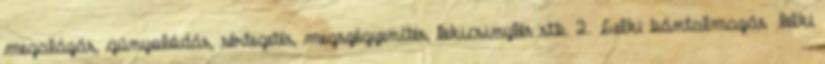
megalázás, gúnyolódás, sértegetés, megszégyenítés, lekicsinylés stb. 2. Lelki bántalmazás lelki